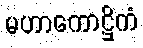
မဟာကောဋ္ဌိကံ